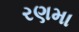
રણમા